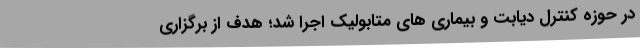
در حوزه کنترل دیابت و بیماری های متابولیک اجرا شد؛ هدف از برگزاری